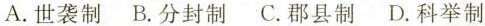
A.世袭制 B.分封制 C.郡县制 D.科举制